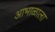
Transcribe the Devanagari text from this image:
आभाळाला